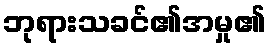
ဘုရားသခင်၏အမှု၏